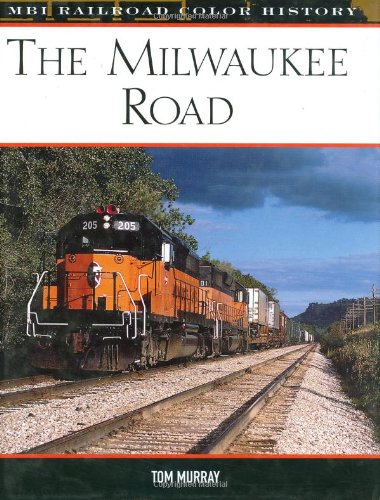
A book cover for The Milwaukee Road (MBI Railroad Color History); Tom Murray; Arts & Photography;